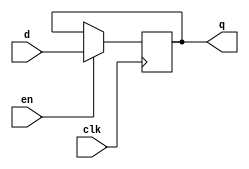
module enabled_flipflop (
    d, en, clk,
    q
);

input       d, en, clk;
output reg  q;

always @(posedge clk) begin
    if(en) q <= d;
    else;
end
    
endmodule